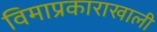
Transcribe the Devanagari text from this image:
विमाप्रकाराखाली